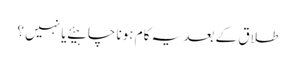
طلاق کے بعد یہ کام ہونا چاہیئے یا نہیں ؟